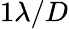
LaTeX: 1\lambda/D